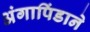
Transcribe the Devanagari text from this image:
अंगापिंडाने